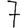
Digit: 7